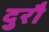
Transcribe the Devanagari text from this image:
दुरौ